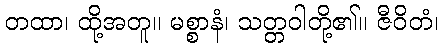
တထာ၊ ထို့အတူ။ မစ္စာနံ၊ သတ္တဝါတို့၏။ ဇီဝိတံ၊